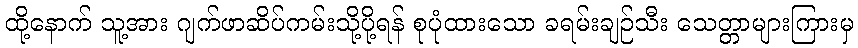
ထို့နောက် သူ့အား ဂျက်ဖာဆိပ်ကမ်းသို့ပို့ရန် စုပုံထားသော ခရမ်းချဉ်သီး သေတ္တာများကြားမှ